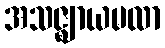
အသဇ္ဈာယမလာ